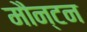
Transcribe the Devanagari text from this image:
मौन्टन